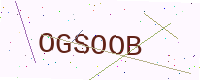
Text: OGSOOB